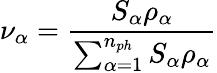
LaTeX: \nu_{\alpha}=\frac{S_{\alpha}\rho_{\alpha}}{\sum_{\alpha=1}^{n_{ph}}{S_{\alpha}\rho_{\alpha}}}